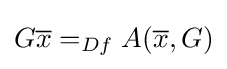
G{\overline {x}}=_{Df}A({\overline {x}},G)